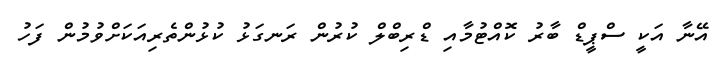
އޭނާ އަކީ ސްޕީޑް ބާރު ކޮއްޓުމާއި ޑްރިބްލް ކުރުން ރަނގަޅު ކުޅުންތެރިއަކަށްވުމުން ފަހު